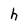
Character: h